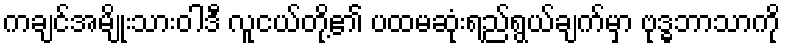
ကချင်အမျိုးသားဝါဒီ လူငယ်တို့၏ ပထမဆုံးရည်ရွယ်ချက်မှာ ဗုဒ္ဓဘာသာကို